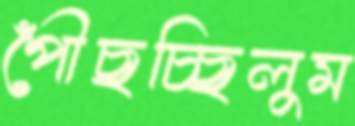
পৌঁছচ্ছিলুম